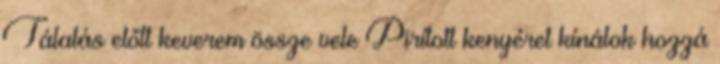
Tálalás előtt keverem össze vele Pirított kenyéret kínálok hozzá